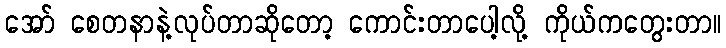
အော် စေတနာနဲ့လုပ်တာဆိုတော့ ကောင်းတာပေါ့လို့ ကိုယ်ကတွေးတာ။